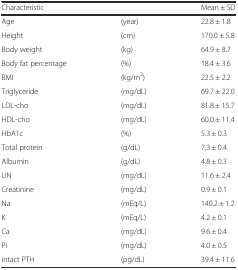
| <COLSPAN=2> Characteristic | Mean ± SD |
 | --- | --- | --- |
 | Age | (year) | 22.8 ± 1.8 |
 | Height | (cm) | 170.0 ± 5.8 |
 | Body weight | (kg) | 64.9 ± 8.7 |
 | Body fat percentage | (%) | 18.4 ± 3.6 |
 | BMI | (kg/m2) | 22.5 ± 2.2 |
 | Triglyceride | (mg/dL) | 69.7 ± 22.0 |
 | LDL-cho | (mg/dL) | 81.8 ± 15.7 |
 | HDL-cho | (mg/dL) | 60.0 ± 11.4 |
 | HbA1c | (%) | 5.3 ± 0.3 |
 | Total protein | (g/dL) | 7.3 ± 0.4 |
 | Albumin | (g/dL) | 4.8 ± 0.3 |
 | UN | (mg/dL) | 11.6 ± 2.4 |
 | Creatinine | (mg/dL) | 0.9 ± 0.1 |
 | Na | (mEq/L) | 140.2 ± 1.2 |
 | K | (mEq/L) | 4.2 ± 0.1 |
 | Ca | (mg/dL) | 9.6 ± 0.4 |
 | Pi | (mg/dL) | 4.0 ± 0.5 |
 | intact PTH | (pg/dL) | 39.4 ± 11.6 |